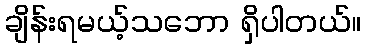
ချိန်းရမယ့်သဘော ရှိပါတယ်။